Annual administration report of the Civil Veterinary Department of India - 1898-1899
Year: 1898
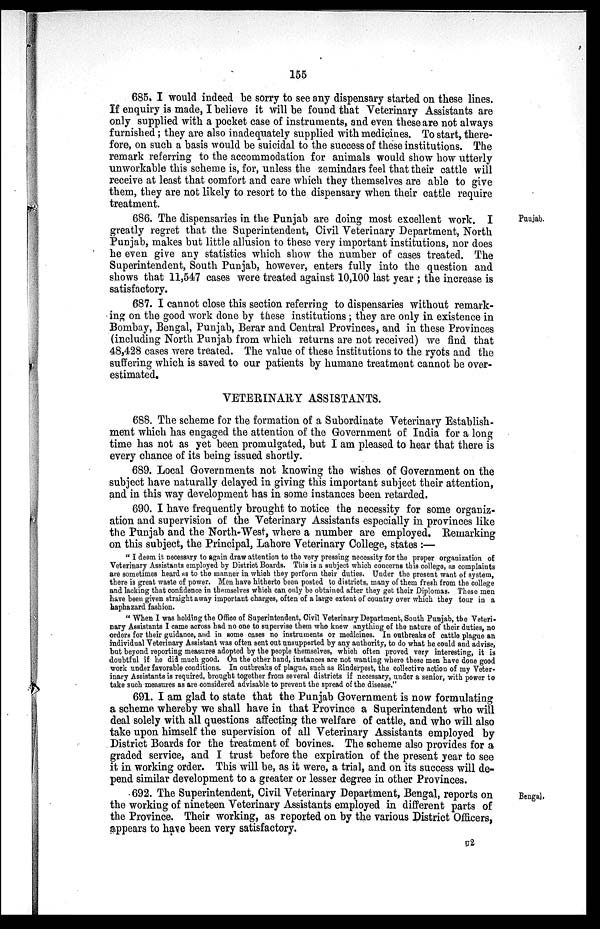
155
685. I would indeed be sorry to see any dispensary started on these lines.
If enquiry is made, I believe it will be found that Veterinary Assistants are
only supplied with a pocket case of instruments, and even these are not always
furnished; they are also inadequately supplied with medicines. To start, there-
fore, on such a basis would be suicidal to the success of these institutions. The
remark referring to the accommodation for animals would show how utterly
unworkable this scheme is, for, unless the zemindars feel that their cattle will
receive at least that comfort and care which they themselves are able to give
them, they are not likely to resort to the dispensary when their cattle require
treatment.
Punjab.
686. The dispensaries in the Punjab are doing most excellent work. I
greatly regret that the Superintendent, Civil Veterinary Department, North
Punjab, makes but little allusion to these very important institutions, nor does
he even give any statistics which show the number of cases treated. The
Superintendent, South Punjab, however, enters fully into the question and
shows that 11,547 cases were treated against 10,100 last year ; the increase is
satisfactory.
687. I cannot close this section referring to dispensaries without remark-
ing on the good work done by these institutions ; they are only in existence in
Bombay, Bengal, Punjab, Berar and Central Provinces, and in these Provinces
(including North Punjab from which returns are not received) we find that
48,428 cases were treated. The value of these institutions to the ryots and the
suffering which is saved to our patients by humane treatment cannot be over-
estimated.
VETERINARY ASSISTANTS.
688. The scheme for the formation of a Subordinate Veterinary Establish-
ment which has engaged the attention of the Government of India for a long
time has not as yet been promulgated, but I am pleased to hear that there is
every chance of its being issued shortly.
689. Local Governments not knowing the wishes of Government on the
subject have naturally delayed in giving this important subject their attention,
and in this way development has in some instances been retarded.
690. I have frequently brought to notice the necessity for some organiz-
ation and supervision of the Veterinary Assistants especially in provinces like
the Punjab and the North-West, where a number are employed. Remarking
on this subject, the Principal, Lahore Veterinary College, states:—
"I deem it necessary to again draw attention to the very pressing necessity for the proper organization of
Veterinary Assistants employed by District Boards. This is a subject which concerns this college, as complaints
are sometimes heard as to the manner in which they perform their duties. Under the present want of system,
there is great waste of power. Men have hitherto been posted to districts, many of them fresh from the college
and lacking that confidence in themselves which can only be obtained after they get their Diplomas. These men
have been given straight away important charges, often of a large extent of country over which they tour in a
haphazard fashion.
" When I was holding the Office of Superintendent, Civil Veterinary Department, South Punjab, the Veteri-
nary Assistants I came across had no one to supervise them who knew anything of the nature of their duties, no
orders for their guidance, and in some cases no instruments or medicines. In outbreaks of cattle plague an
individual Veterinary Assistant was often sent out unsupported by any authority, to do what he could and advise,
but beyond reporting measures adopted by the people themselves, which often proved very interesting, it is
doubtful if he did much good. On the other hand, instances are not wanting where these men have done good
work under favorable conditions. In outbreaks of plague, such as Rinderpest, the collective action of my Veter-
inary Assistants is required, brought together from several districts if necessary, under a senior, with power to
take such measures as are considered advisable to prevent the spread of the disease."
691. I am glad to state that the Punjab Government is now formulating
a scheme whereby we shall have in that Province a Superintendent who will
deal solely with all questions affecting the welfare of cattle, and who will also
take upon himself the supervision of all Veterinary Assistants employed by
District Boards for the treatment of bovines. The scheme also provides for a
graded service, and I trust before the expiration of the present year to see
it in working order. This will be, as it were, a trial, and on its success will de-
pend similar development to a greater or lesser degree in other Provinces.
Bengal,
692. The Superintendent, Civil Veterinary Department, Bengal, reports on
the working of nineteen Veterinary Assistants employed in different parts of
the Province. Their working, as reported on by the various District Officers,
appears to have been very satisfactory.
U2